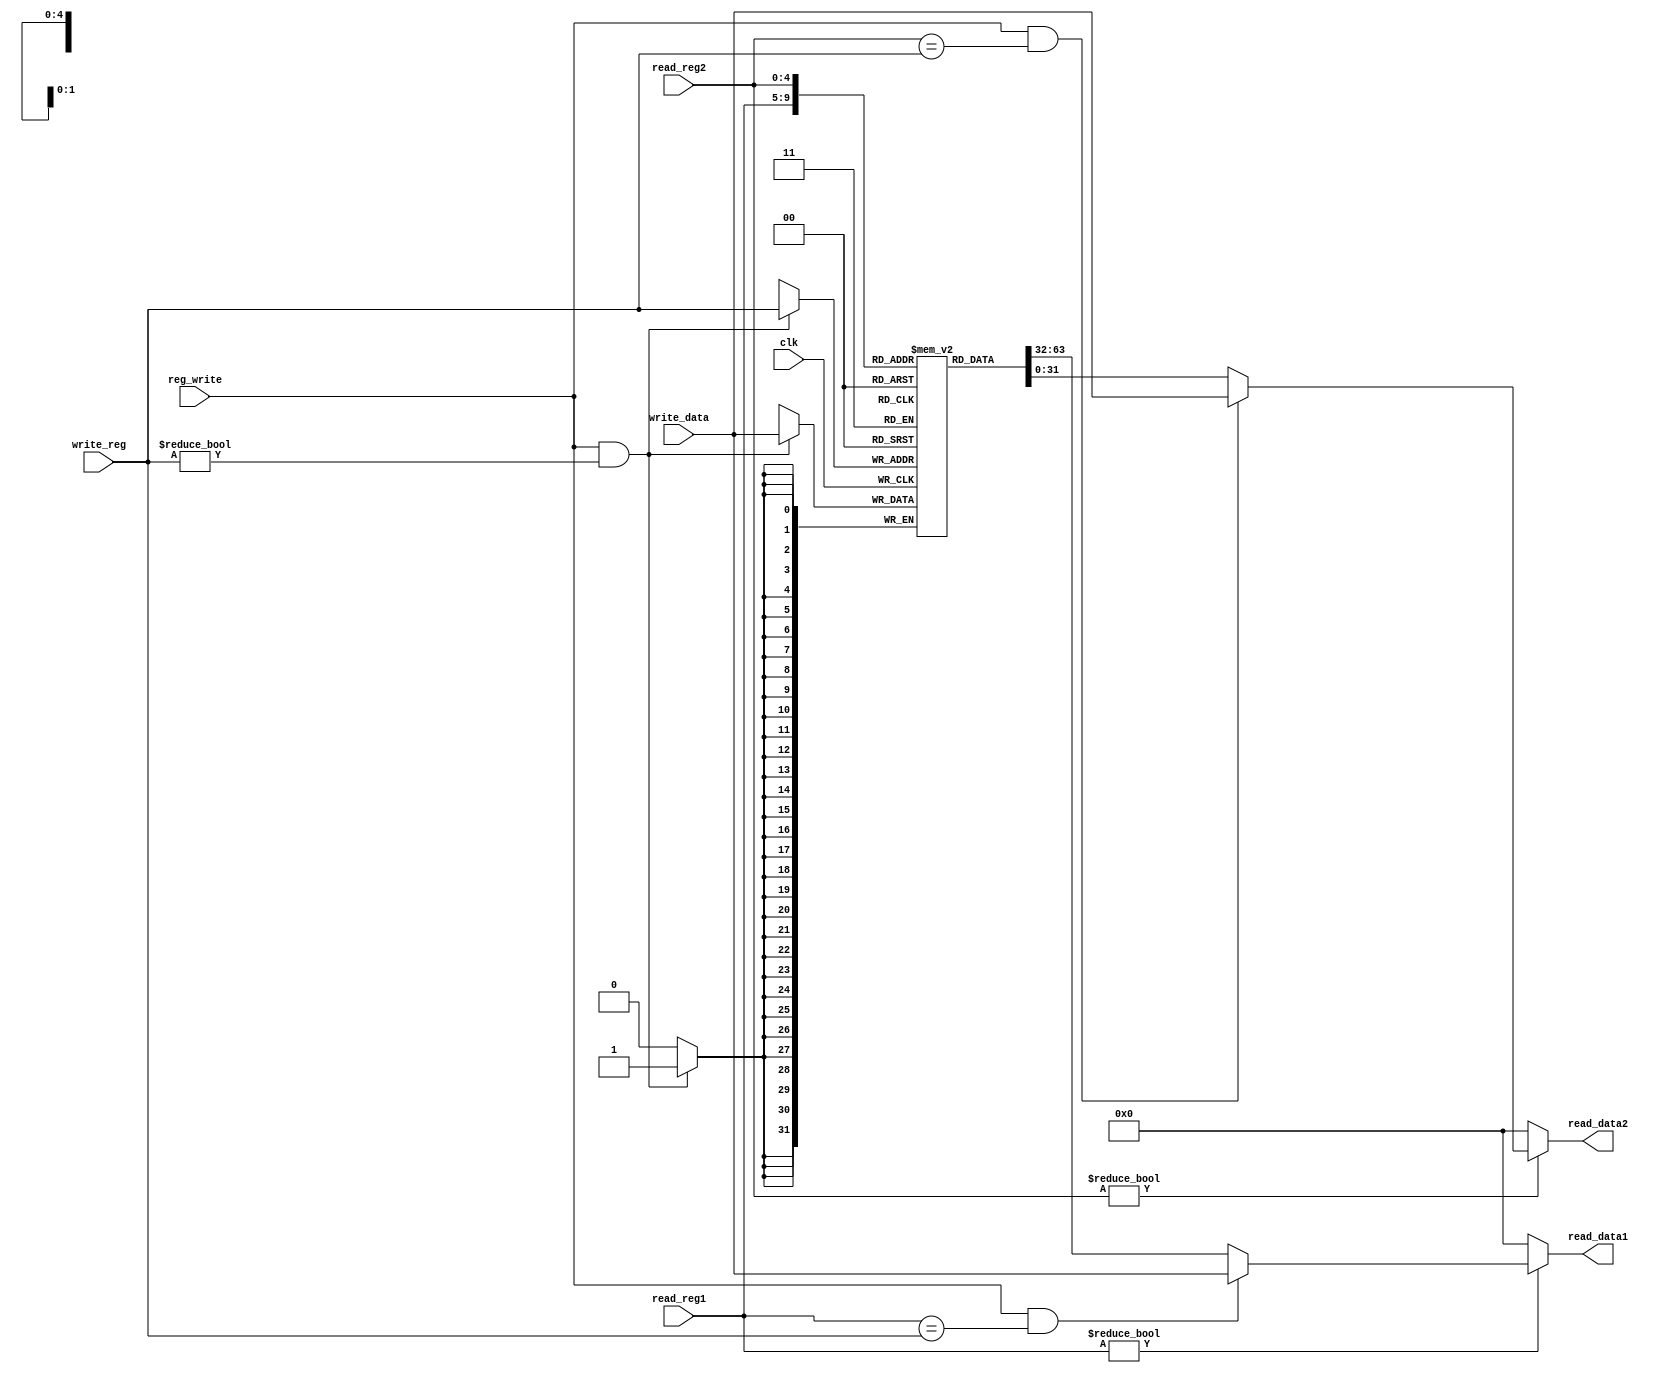
`timescale 1ns/1ps

module registers(
    input clk, reg_write,
    input [4:0] read_reg1, read_reg2, write_reg,
    input [31:0] write_data,
    output [31:0] read_data1, read_data2
);
    
    reg [31:0] registers[0:31];
    integer i;

    initial begin
        for(i = 0; i < 32; i=i+1) begin
            registers[i] = i;
        end
    end
    
    // write
    always @(posedge clk) begin
        if(reg_write && write_reg != 0) begin
            registers[write_reg] <= write_data;
        end
    end
    
    // read
    assign read_data1 = (read_reg1 != 5'b0) ? //it is different from x0
                        (((reg_write == 1'b1) && (read_reg1 == write_reg)) ? 
                            write_data :
                            registers[read_reg1]) :
                        32'b0;
                      
    assign read_data2 = (read_reg2 != 5'b0) ? //it is different from x0
                        (((reg_write == 1'b1) && (read_reg2 == write_reg)) ? 
                            write_data :
                            registers[read_reg2]) :
                        32'b0;
    
endmodule